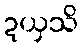
ဍယှသိ